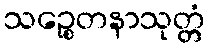
သဉ္စေတနာသုတ္တံ